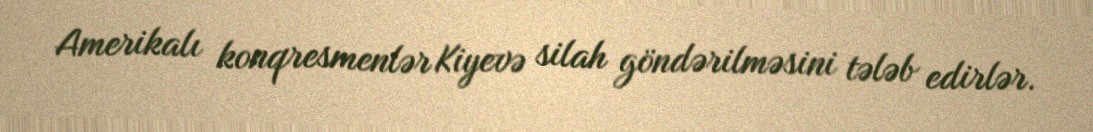
Amerikalı konqresmenlər Kiyevə silah göndərilməsini tələb edirlər.